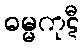
ဓမ္မကုဋီ